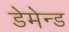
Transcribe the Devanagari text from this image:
डेमेन्ड